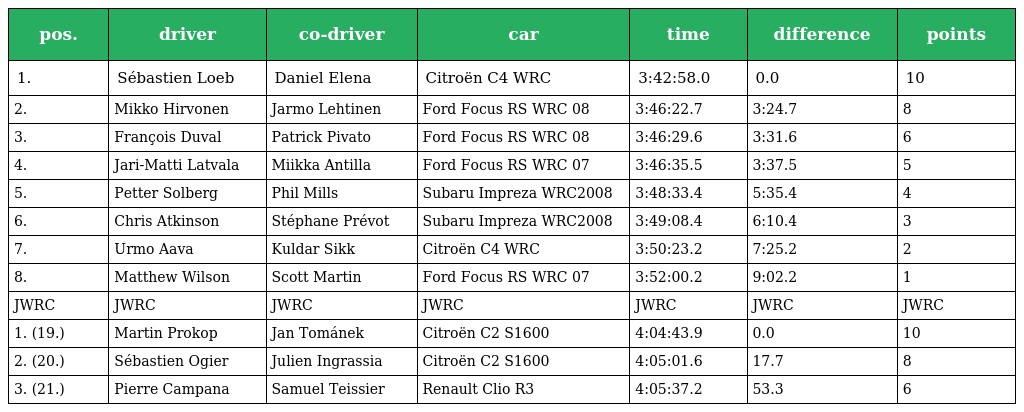
| pos. | driver | co-driver | car | time | difference | points |
 | --- | --- | --- | --- | --- | --- | --- |
 | 1. | Sébastien Loeb | Daniel Elena | Citroën C4 WRC | 3:42:58.0 | 0.0 | 10 |
 | 2. | Mikko Hirvonen | Jarmo Lehtinen | Ford Focus RS WRC 08 | 3:46:22.7 | 3:24.7 | 8 |
 | 3. | François Duval | Patrick Pivato | Ford Focus RS WRC 08 | 3:46:29.6 | 3:31.6 | 6 |
 | 4. | Jari-Matti Latvala | Miikka Antilla | Ford Focus RS WRC 07 | 3:46:35.5 | 3:37.5 | 5 |
 | 5. | Petter Solberg | Phil Mills | Subaru Impreza WRC2008 | 3:48:33.4 | 5:35.4 | 4 |
 | 6. | Chris Atkinson | Stéphane Prévot | Subaru Impreza WRC2008 | 3:49:08.4 | 6:10.4 | 3 |
 | 7. | Urmo Aava | Kuldar Sikk | Citroën C4 WRC | 3:50:23.2 | 7:25.2 | 2 |
 | 8. | Matthew Wilson | Scott Martin | Ford Focus RS WRC 07 | 3:52:00.2 | 9:02.2 | 1 |
 | JWRC | JWRC | JWRC | JWRC | JWRC | JWRC | JWRC |
 | 1. (19.) | Martin Prokop | Jan Tománek | Citroën C2 S1600 | 4:04:43.9 | 0.0 | 10 |
 | 2. (20.) | Sébastien Ogier | Julien Ingrassia | Citroën C2 S1600 | 4:05:01.6 | 17.7 | 8 |
 | 3. (21.) | Pierre Campana | Samuel Teissier | Renault Clio R3 | 4:05:37.2 | 53.3 | 6 |